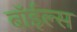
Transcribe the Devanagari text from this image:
बॉईल्स